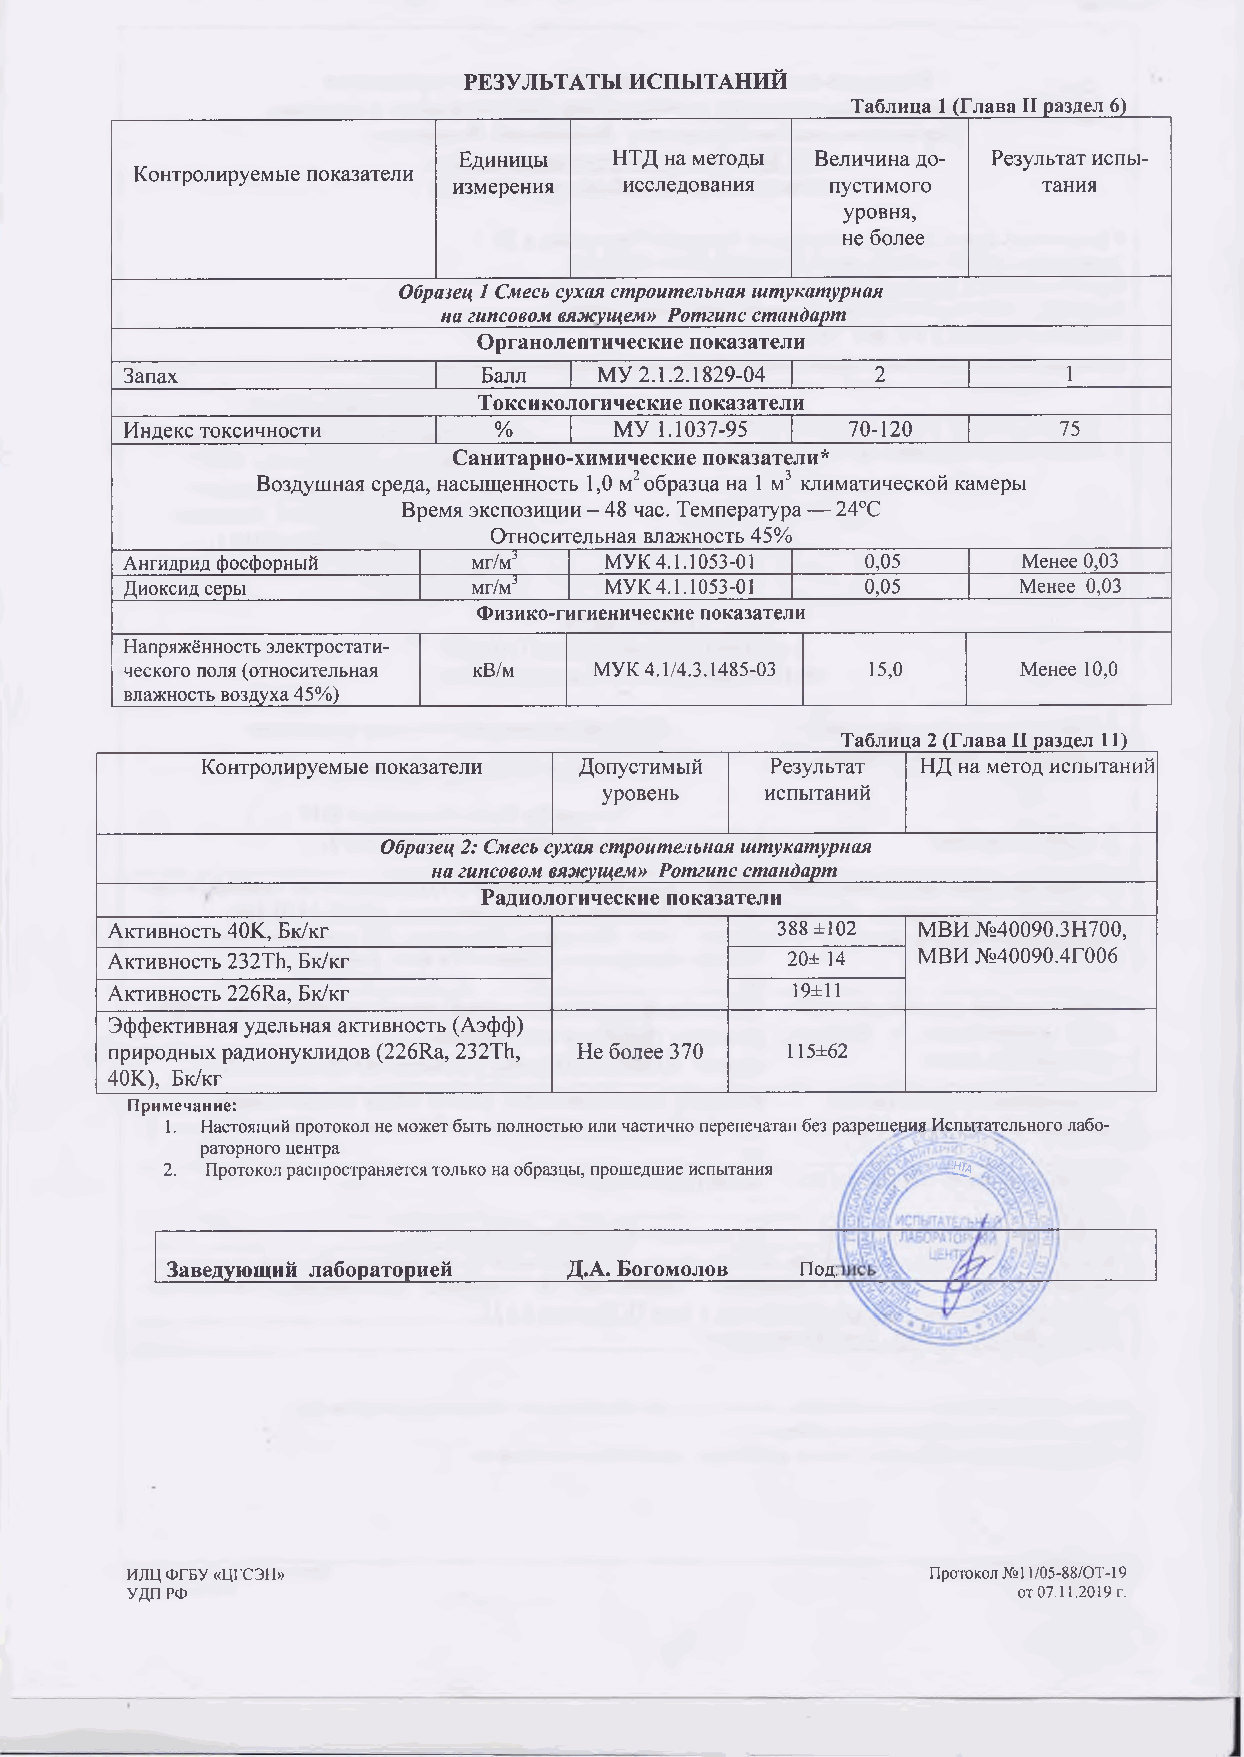
РЕЗУЛЬТАТЫ ИСПЫТАНИЙ
 _____________________________________Таблица 1 (Глава II раздел 6)
 Единицы    НТД на методы Величина до­ Результат испы­
 Контролируемые показатели
 измерения  исследования  пустимого     тания
 уровня,
 не более
 Образец 1 Смесь сухая строительная штукатурная
 на гипсовом вяжущем» Ротгипс стандарт
 Органолептические показатели
 Запах                   Балл    МУ 2.1.2.1829-04  2            1
 Токсикологические показатели
 Индекс токсичности       %       МУ 1.1037-95   70-120        75
 Санитарно-химические показатели*
 Воздушная среда, насыщенность 1,0 м2 образца на 1 м3 климатической камеры
 Время экспозиции - 48 час. Температура — 24°С
 Относительная влажность 45%
 Ангидрид фосфорный     мг/м3    МУК 4.1.1053-01  0,05       Менее 0,03
 Диоксид серы           мг/м3    МУК 4.1.1053-01  0,05      Менее 0,03
 Физико-гигиенические показатели
 Напряжённость электростати­
 ческого поля(относительная кВ/м МУК 4.1/4.3.1485-03 15,0    Менее 10,0
 влажность воздуха 45%)
 Таблица 2 (Глава II раздел 11)
 Контролируемые показатели Допустимый  Результат НД на метод испытаний
 уровень    испытаний
 Образец 2: Смесь сухая строительная штукатурная
 на гипсовом вяжущем» Ротгипс стандарт
 Радиологические показатели
 Активность 40К, Бк/кг                       388 ±102  МВИ №40090.3Н700,
 Активность 232ТЬ, Бк/кг                      20± 14   МВИ №40090.4Г006
 Активность 226Ка, Бк/кг                      19±11
 Эффективная удельная активность (Аэфф)
 природных радионуклидов (226Кя, 232ТЬ, Не более 370 115±62
 40К), Бк/кг
 Примечание:
 1. Настоящий протокол не может быть полностью или частично перепечатан без разрешения Испытательного лабо­
 раторного центра
 2. Протокол распространяется только на образцы, прошедшие испытания 1Э
 Заведующий лабораторией    Д.А. Богомолов Под]
 ИЛЦ ФГБУ «цгсэн»                                      Протокол №11/05-88/ОТ-19
 УДПРФ                                                      от 07.11.2019 г.